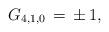
LaTeX: \begin{align*}G_{4,1,0}\,=\,\pm\,1,\end{align*}